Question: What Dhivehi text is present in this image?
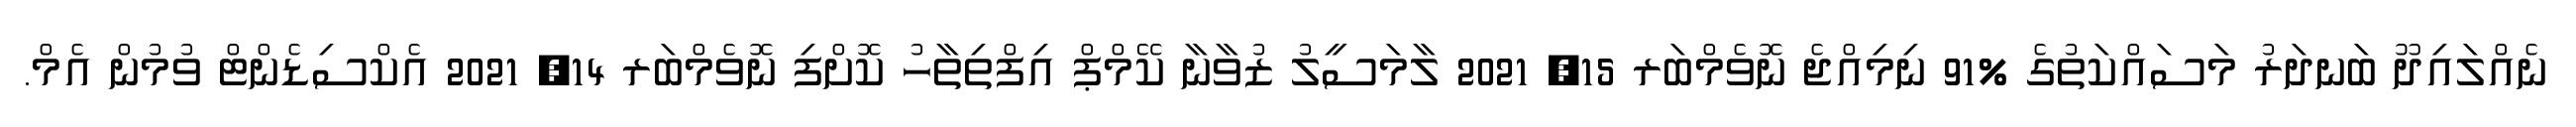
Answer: ނެއްލައިދޫ ބަނދަރު މަސައްކަތުގެ %91 ނިމިއްޖެ ނޮވެމްބަރ 15, 2021 ލާމަސީލު ޒުވާނާ ކޭމްޕް އިފްތިތާހު ކޮށްފި ނޮވެމްބަރ 14, 2021 އެކްސިޑެންޓް ވުމުން އެމް.